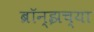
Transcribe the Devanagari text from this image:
ब्रॉन्झच्या